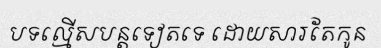
បទល្មើសបន្តទៀតទេ ដោយសារតែកូន